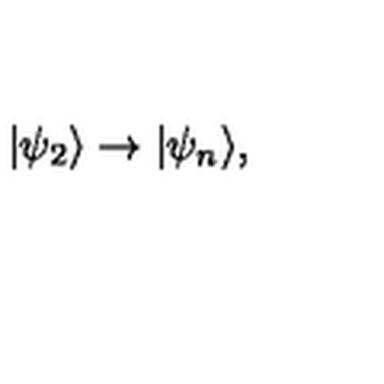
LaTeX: | \psi _ { 2 } \rangle \rightarrow | \psi _ { n } \rangle ,